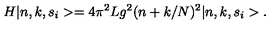
H \vert n , k , s _ { i } > = 4 \pi ^ { 2 } L g ^ { 2 } ( n + k / N ) ^ { 2 } \vert n , k , s _ { i } > .